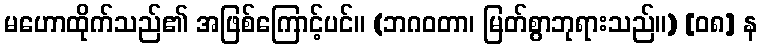
မဟောထိုက်သည်၏ အဖြစ်ကြောင့်ပင်။ (ဘဂဝတာ၊ မြတ်စွာဘုရားသည်။) [၀၈] န